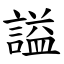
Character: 謚